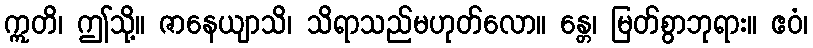
ဣတိ၊ ဤသို့။ ဇာနေယျာသိ၊ သိရာသည်မဟုတ်လော။ န္တေ၊ မြတ်စွာဘုရား။ ဧဝံ၊